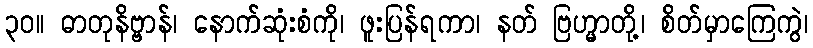
၃၀။ ဓာတုနိဗ္ဗာန်၊ နောက်ဆုံးစံကို၊ ဖူးပြန်ရကာ၊ နတ် ဗြဟ္မာတို့၊ စိတ်မှာကြေကွဲ၊